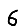
Digit: 6